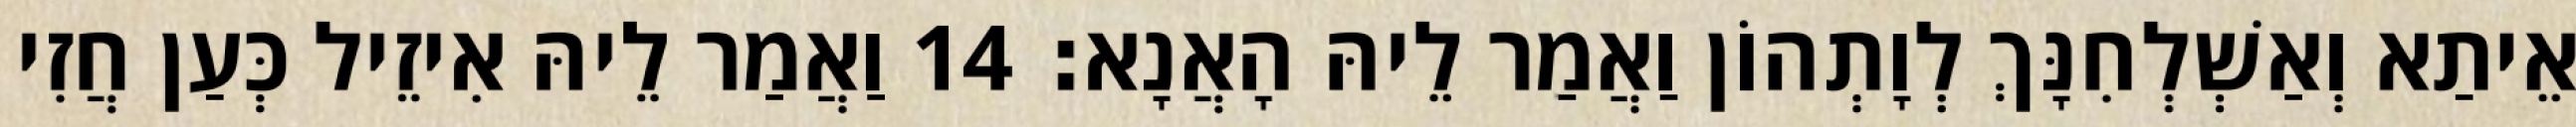
אֵיתַא וְאַשְׁלְחִנָּךְ לְוָתְהוֹן וַאֲמַר לֵיהּ הָאֲנָא׃ 14 וַאֲמַר לֵיהּ אִיזֵיל כְּעַן חֲזִי